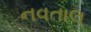
નવતાલ